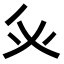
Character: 𭼽